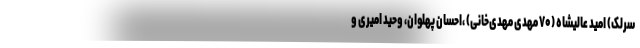
سرلک) امید عالیشاه (۷۰ مهدی مهدی‌خانی) ،احسان پهلوان، وحید امیری و